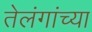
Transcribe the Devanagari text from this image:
तेलंगांच्या